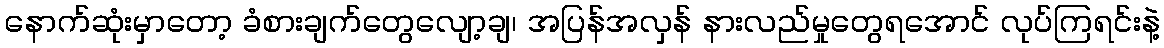
နောက်ဆုံးမှာတော့ ခံစားချက်တွေလျော့ချ၊ အပြန်အလှန် နားလည်မှုတွေရအောင် လုပ်ကြရင်းနဲ့